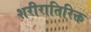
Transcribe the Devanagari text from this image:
शरीरातिरिक्त